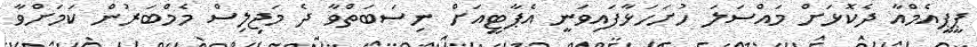
ޕީޕީއެމްއާ ދެކޮޅަށް މައްސަލަ ހުށަހަޅާފައިވަނީ އެޕާޓީއަށް ނިސަބަތްވާ ދެ މަޖިލިސް މެމްބަރުން ކަމަށްވާ